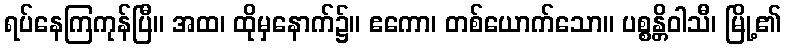
ရပ်နေကြကုန်ပြီ။ အထ၊ ထိုမှနောက်၌။ ဧကော၊ တစ်ယောက်သော။ ပစ္စန္တိဝါသီ၊ မြို့၏